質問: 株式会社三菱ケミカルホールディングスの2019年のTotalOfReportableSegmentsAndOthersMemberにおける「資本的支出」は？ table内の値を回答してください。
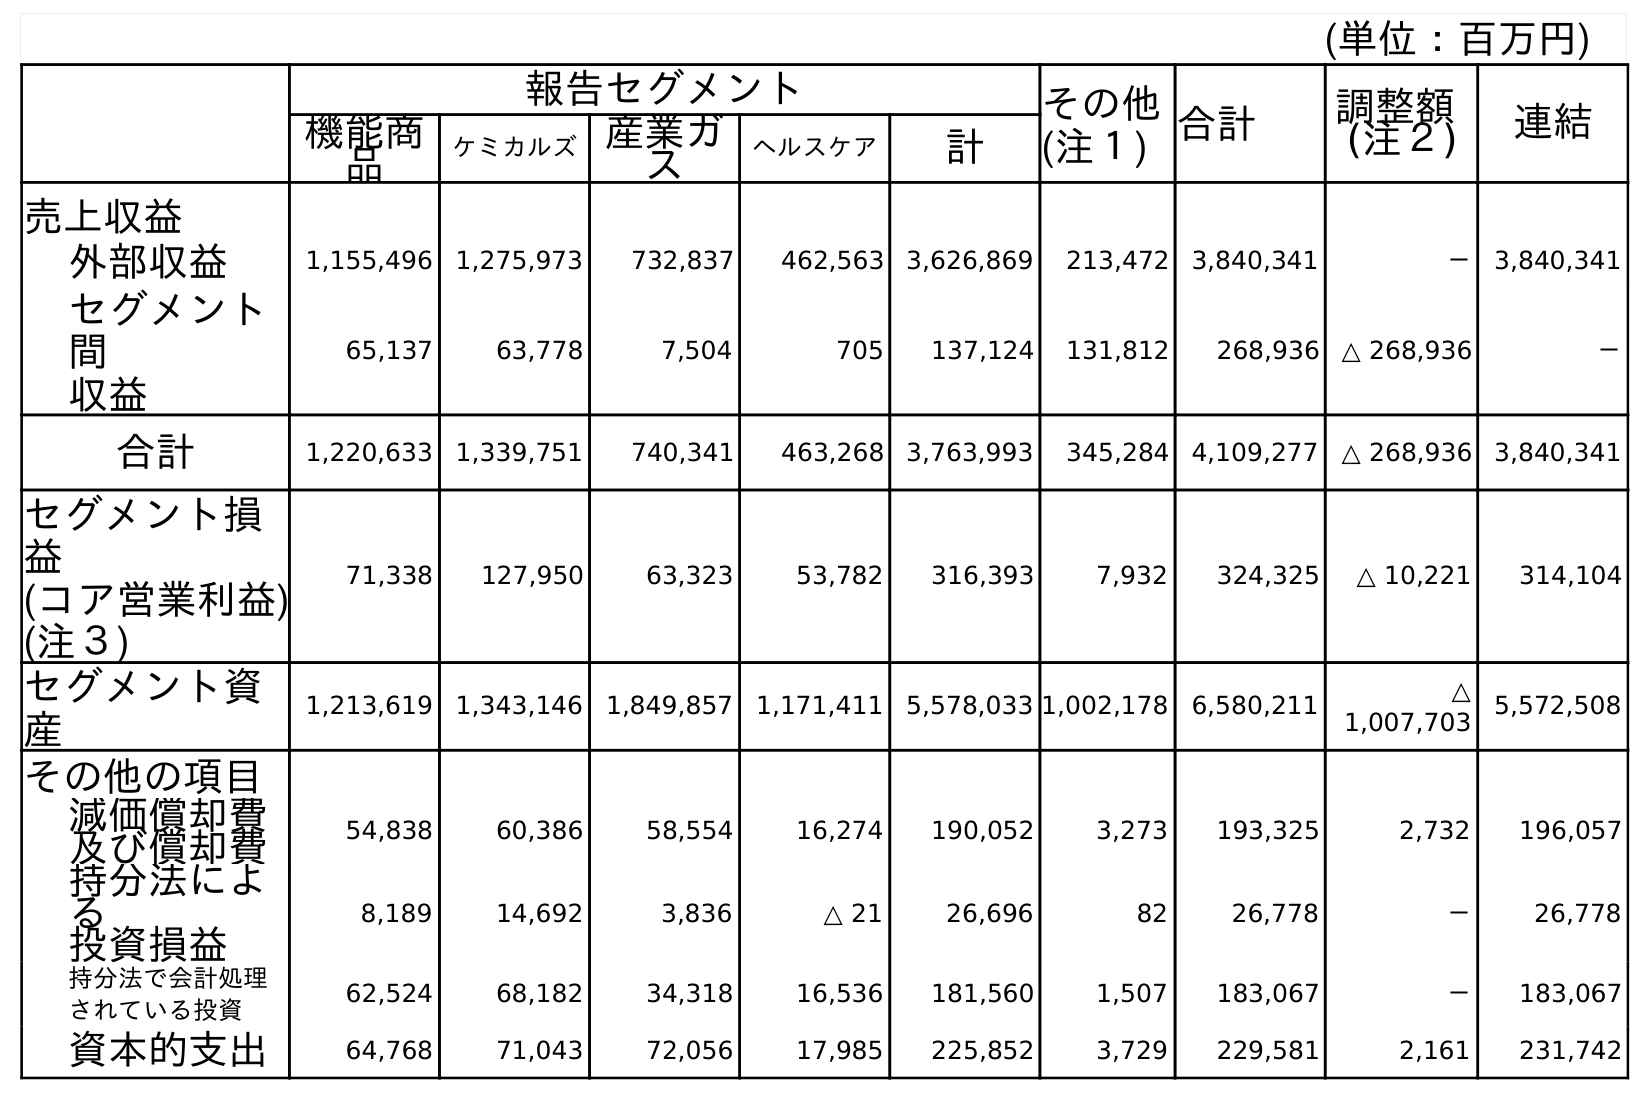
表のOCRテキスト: (単位：百万円) 報告セグメント その他 (注１) 合計 調整額 (注２) 連結 機能商 品 ケミカルズ産業ガ ス ヘルスケア 計 売上収益 外部収益 1,155,496 1,275,973 732,837 462,563 3,626,869 213,472 3,840,341 － 3,840,341 セグメント 間 収益 65,137 63,778 7,504 705 137,124 131,812 268,936 △ 268,936 － 合計 1,220,633 1,339,751 740,341 463,268 3,763,993 345,284 4,109,277 △ 268,936 3,840,341 セグメント損 益 (コア営業利益) (注３) 71,338 127,950 63,323 53,782 316,393 7,932 324,325 △ 10,221 314,104 セグメント資 産 1,213,619 1,343,146 1,849,857 1,171,411 5,578,033 1,002,178 6,580,211 △ 1,007,703 5,572,508 その他の項目 減価償却費 及び償却費 54,838 60,386 58,554 16,274 190,052 3,273 193,325 2,732 196,057 持分法によ る 投資損益 8,189 14,692 3,836 △ 21 26,696 82 26,778 － 26,778 持分法で会計処理 されている投資 62,524 68,182 34,318 16,536 181,560 1,507 183,067 － 183,067 資本的支出 64,768 71,043 72,056 17,985 225,852 3,729 229,581 2,161 231,742
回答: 229,581